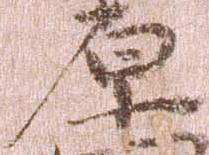
原